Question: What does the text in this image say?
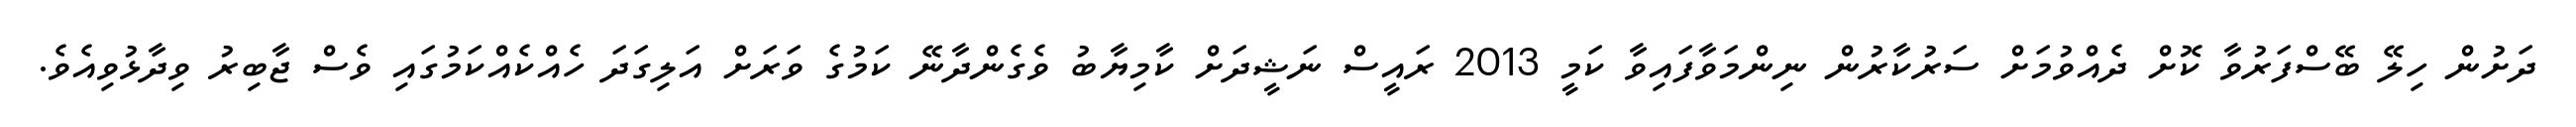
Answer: ދަށުން ހިލޭ ބޭސްފަރުވާ ކޮށް ދެއްވުމަށް ސަރުކާރުން ނިންމަވާފައިވާ ކަމީ 2013 ރައީސް ނަޝީދަށް ކާމިޔާބު ވެގެންދާނޭ ކަމުގެ ވަރަށް އަލިގަދަ ހެއްކެއްކަމުގައި ވެސް ޖާބިރު ވިދާޅުވިއެވެ.